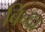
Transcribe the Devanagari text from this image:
बिन्दा